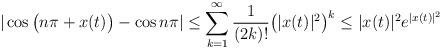
LaTeX: \begin{align*}|\cos\big(n\pi +x(t)\big)-\cos n\pi|\leq \sum_{k=1}^\infty \frac{1}{(2k)!}\big( |x(t)|^2\big)^k \leq |x(t)|^2e^{|x(t)|^2}\end{align*}